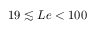
1 9 \lesssim L e < 1 0 0